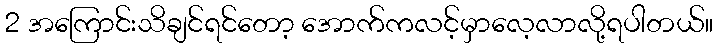
2 အကြောင်းသိချင်ရင်တော့ အောက်ကလင့်မှာလေ့လာလို့ရပါတယ်။